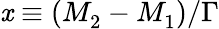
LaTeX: \mathit{x}\equiv(M_{2}^{}-M_{1}^{})/\Gamma